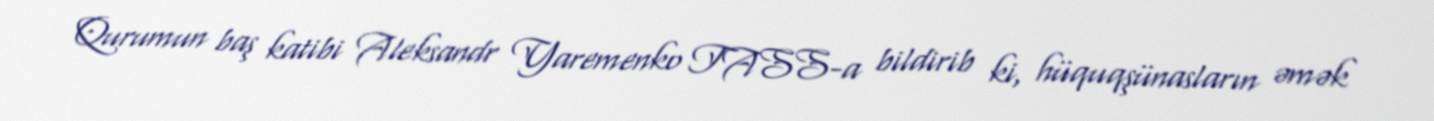
Qurumun baş katibi Aleksandr Yaremenko TASS-a bildirib ki, hüquqşünasların əmək